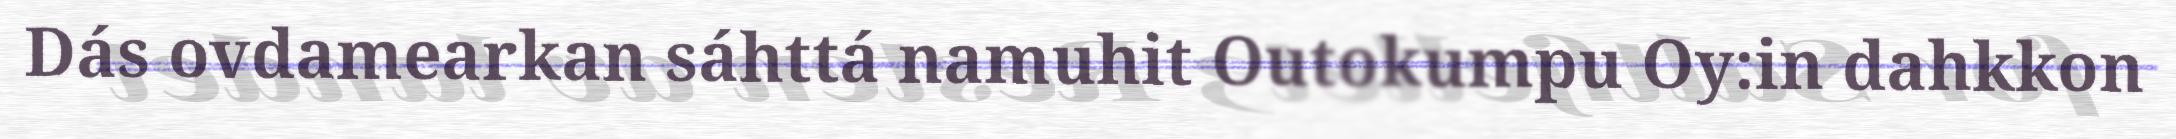
Dás ovdamearkan sáhttá namuhit Outokumpu Oy:in dahkkon